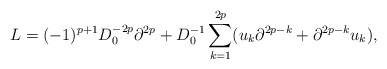
\begin{align*}L=(-1)^{p+1}D_0^{-2p}\partial^{2p}+D_0^{-1}\sum_{k=1}^{2p}(u_k\partial^{2p-k}+\partial^{2p-k}u_k),\end{align*}